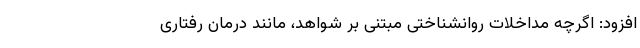
افزود: اگرچه مداخلات روانشناختی مبتنی بر شواهد، مانند درمان رفتاری